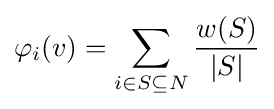
\varphi _{i}(v)=\sum _{i\in S\subseteq N}{\frac {w(S)}{|S|}}